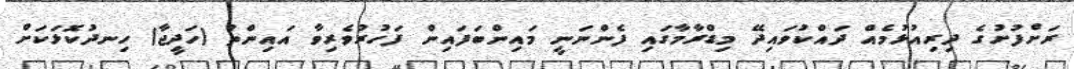
ރަށްފުށުގެ ދިރިއުޅުމެއް ދައްކުވައިދޭ މިޑްރާމާގައި ފެންނަނީ މައިންބަފައިން ފަހުރުވެރިވާ އައިންތު (ހަދީޖާ) ހިނދުކޮޅަކަށް